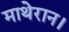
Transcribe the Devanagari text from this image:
माथेरान।